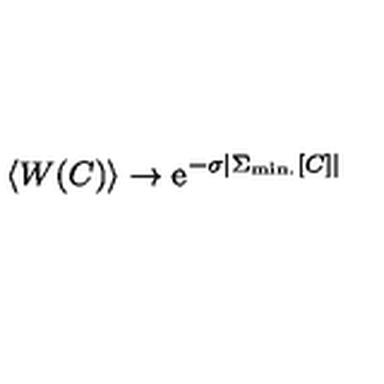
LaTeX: \left< W ( C ) \right> \to \mathrm { e } ^ { - \sigma \left| \Sigma _ { \mathrm { m i n . } } [ C ] \right| }